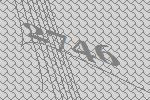
2746